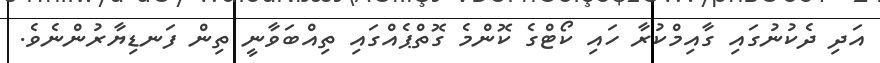
އަދި ދެކުނުގައި ގާއިމްކުރާ ހައި ކޯޓްގެ ކޮންމެ ގޮތްޕެއްގައި ތިއްބަވާނީ ތިން ފަނޑިޔާރުންނެވެ.